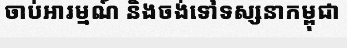
ចាប់អារម្មណ៍ និងចង់ទៅទស្សនាកម្ពុជា